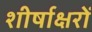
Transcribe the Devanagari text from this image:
शीर्षाक्षरों